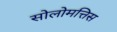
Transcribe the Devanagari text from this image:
सोलोमत्तिस